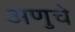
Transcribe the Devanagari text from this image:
अणुचे